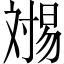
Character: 𬁏